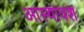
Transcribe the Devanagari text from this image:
आस्थावश